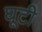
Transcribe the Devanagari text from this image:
घूटी